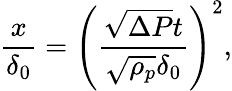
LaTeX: \frac{x}{\delta_{0}}=\left({\frac{\sqrt{\Delta P}t}{\sqrt{\rho_{p}}\delta_{0}}}\right)^{2},